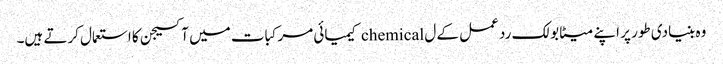
وہ بنیادی طور پر اپنے میٹابولک رد عمل کے ل chemical کیمیائی مرکبات میں آکسیجن کا استعمال کرتے ہیں۔